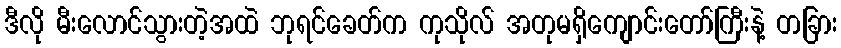
ဒီလို မီးလောင်သွားတဲ့အထဲ ဘုရင်ခေတ်က ကုသိုလ် အတုမရှိကျောင်းတော်ကြီးနဲ့ တခြား